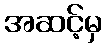
အဆင့်မှ